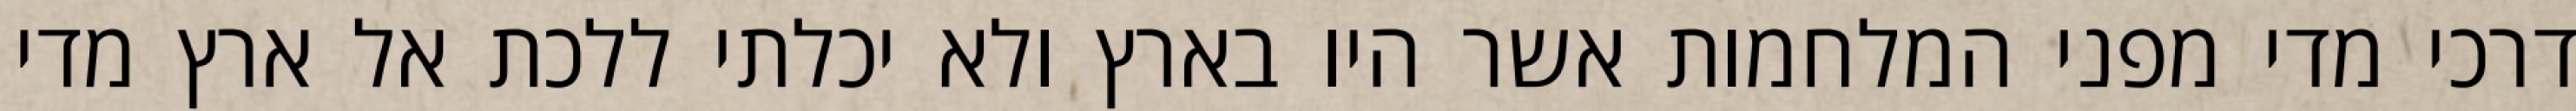
דרכי מדי מפני המלחמות אשר היו בארץ ולא יכלתי ללכת אל ארץ מדי